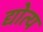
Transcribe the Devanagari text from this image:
द्योत्य